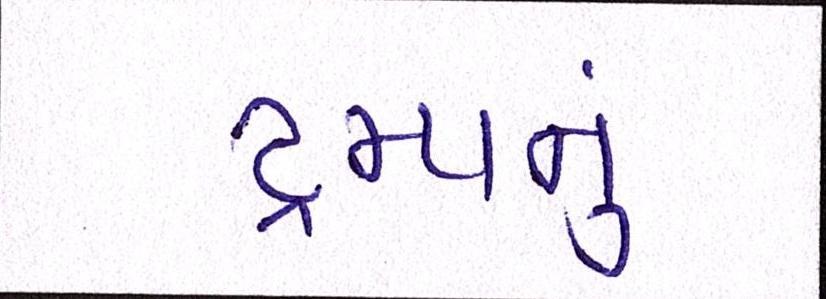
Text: ટ્રમ્પનું